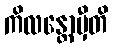
ကိလန္တောမှီတိ